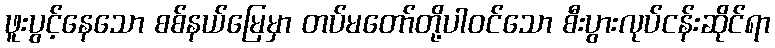
ဖူးပွင့်နေသော စစ်နယ်မြေမှာ တပ်မတော်တို့ပါဝင်သော စီးပွားလုပ်ငန်းဆိုင်ရာ